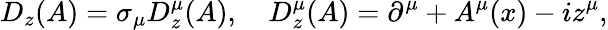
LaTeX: D_{z}(A)=\sigma_{\mu}D_{z}^{\mu}(A),~~~~D_{z}^{\mu}(A)=\partial^{\mu}+A^{\mu}(x)-iz^{\mu},